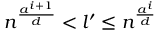
n ^ { \frac { a ^ { i + 1 } } { d } } < l ^ { \prime } \leq n ^ { \frac { a ^ { i } } { d } }